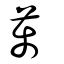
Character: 萬